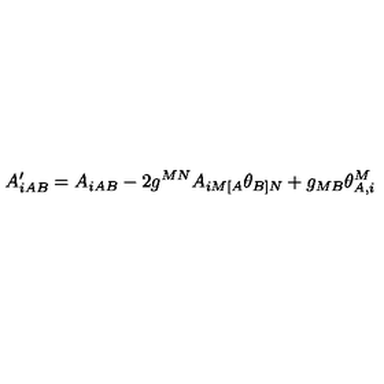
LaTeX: A _ { i A B } ^ { \prime } = A _ { i A B } - 2 g ^ { M N } A _ { i M [ A } \theta _ { B ] N } + g _ { M B } \theta _ { A , i } ^ { M }